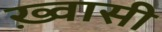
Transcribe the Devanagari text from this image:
ख़्वासी